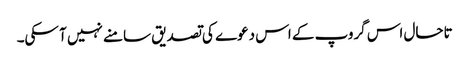
تاحال اس گروپ کے اس دعوے کی تصدیق سامنے نہیں آ سکی۔